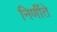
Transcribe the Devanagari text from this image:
निर्णीते